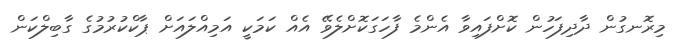
މިރޮނގުން ދާދިފަހުން ކޮށްފައިވާ އެންމެ ފާހަގަކޮށްލެވޭ އެއް ކަމަކީ އަމިއްލައަށް ޕާކްކުރުމުގެ ގާބިލްކަން